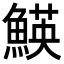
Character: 𩹅